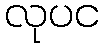
လုပင